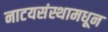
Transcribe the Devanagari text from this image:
नाटयसंस्थामधून